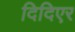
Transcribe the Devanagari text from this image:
दिदिएर